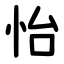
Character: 怡